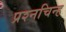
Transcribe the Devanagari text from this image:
प्रश्‍नचिन्ह